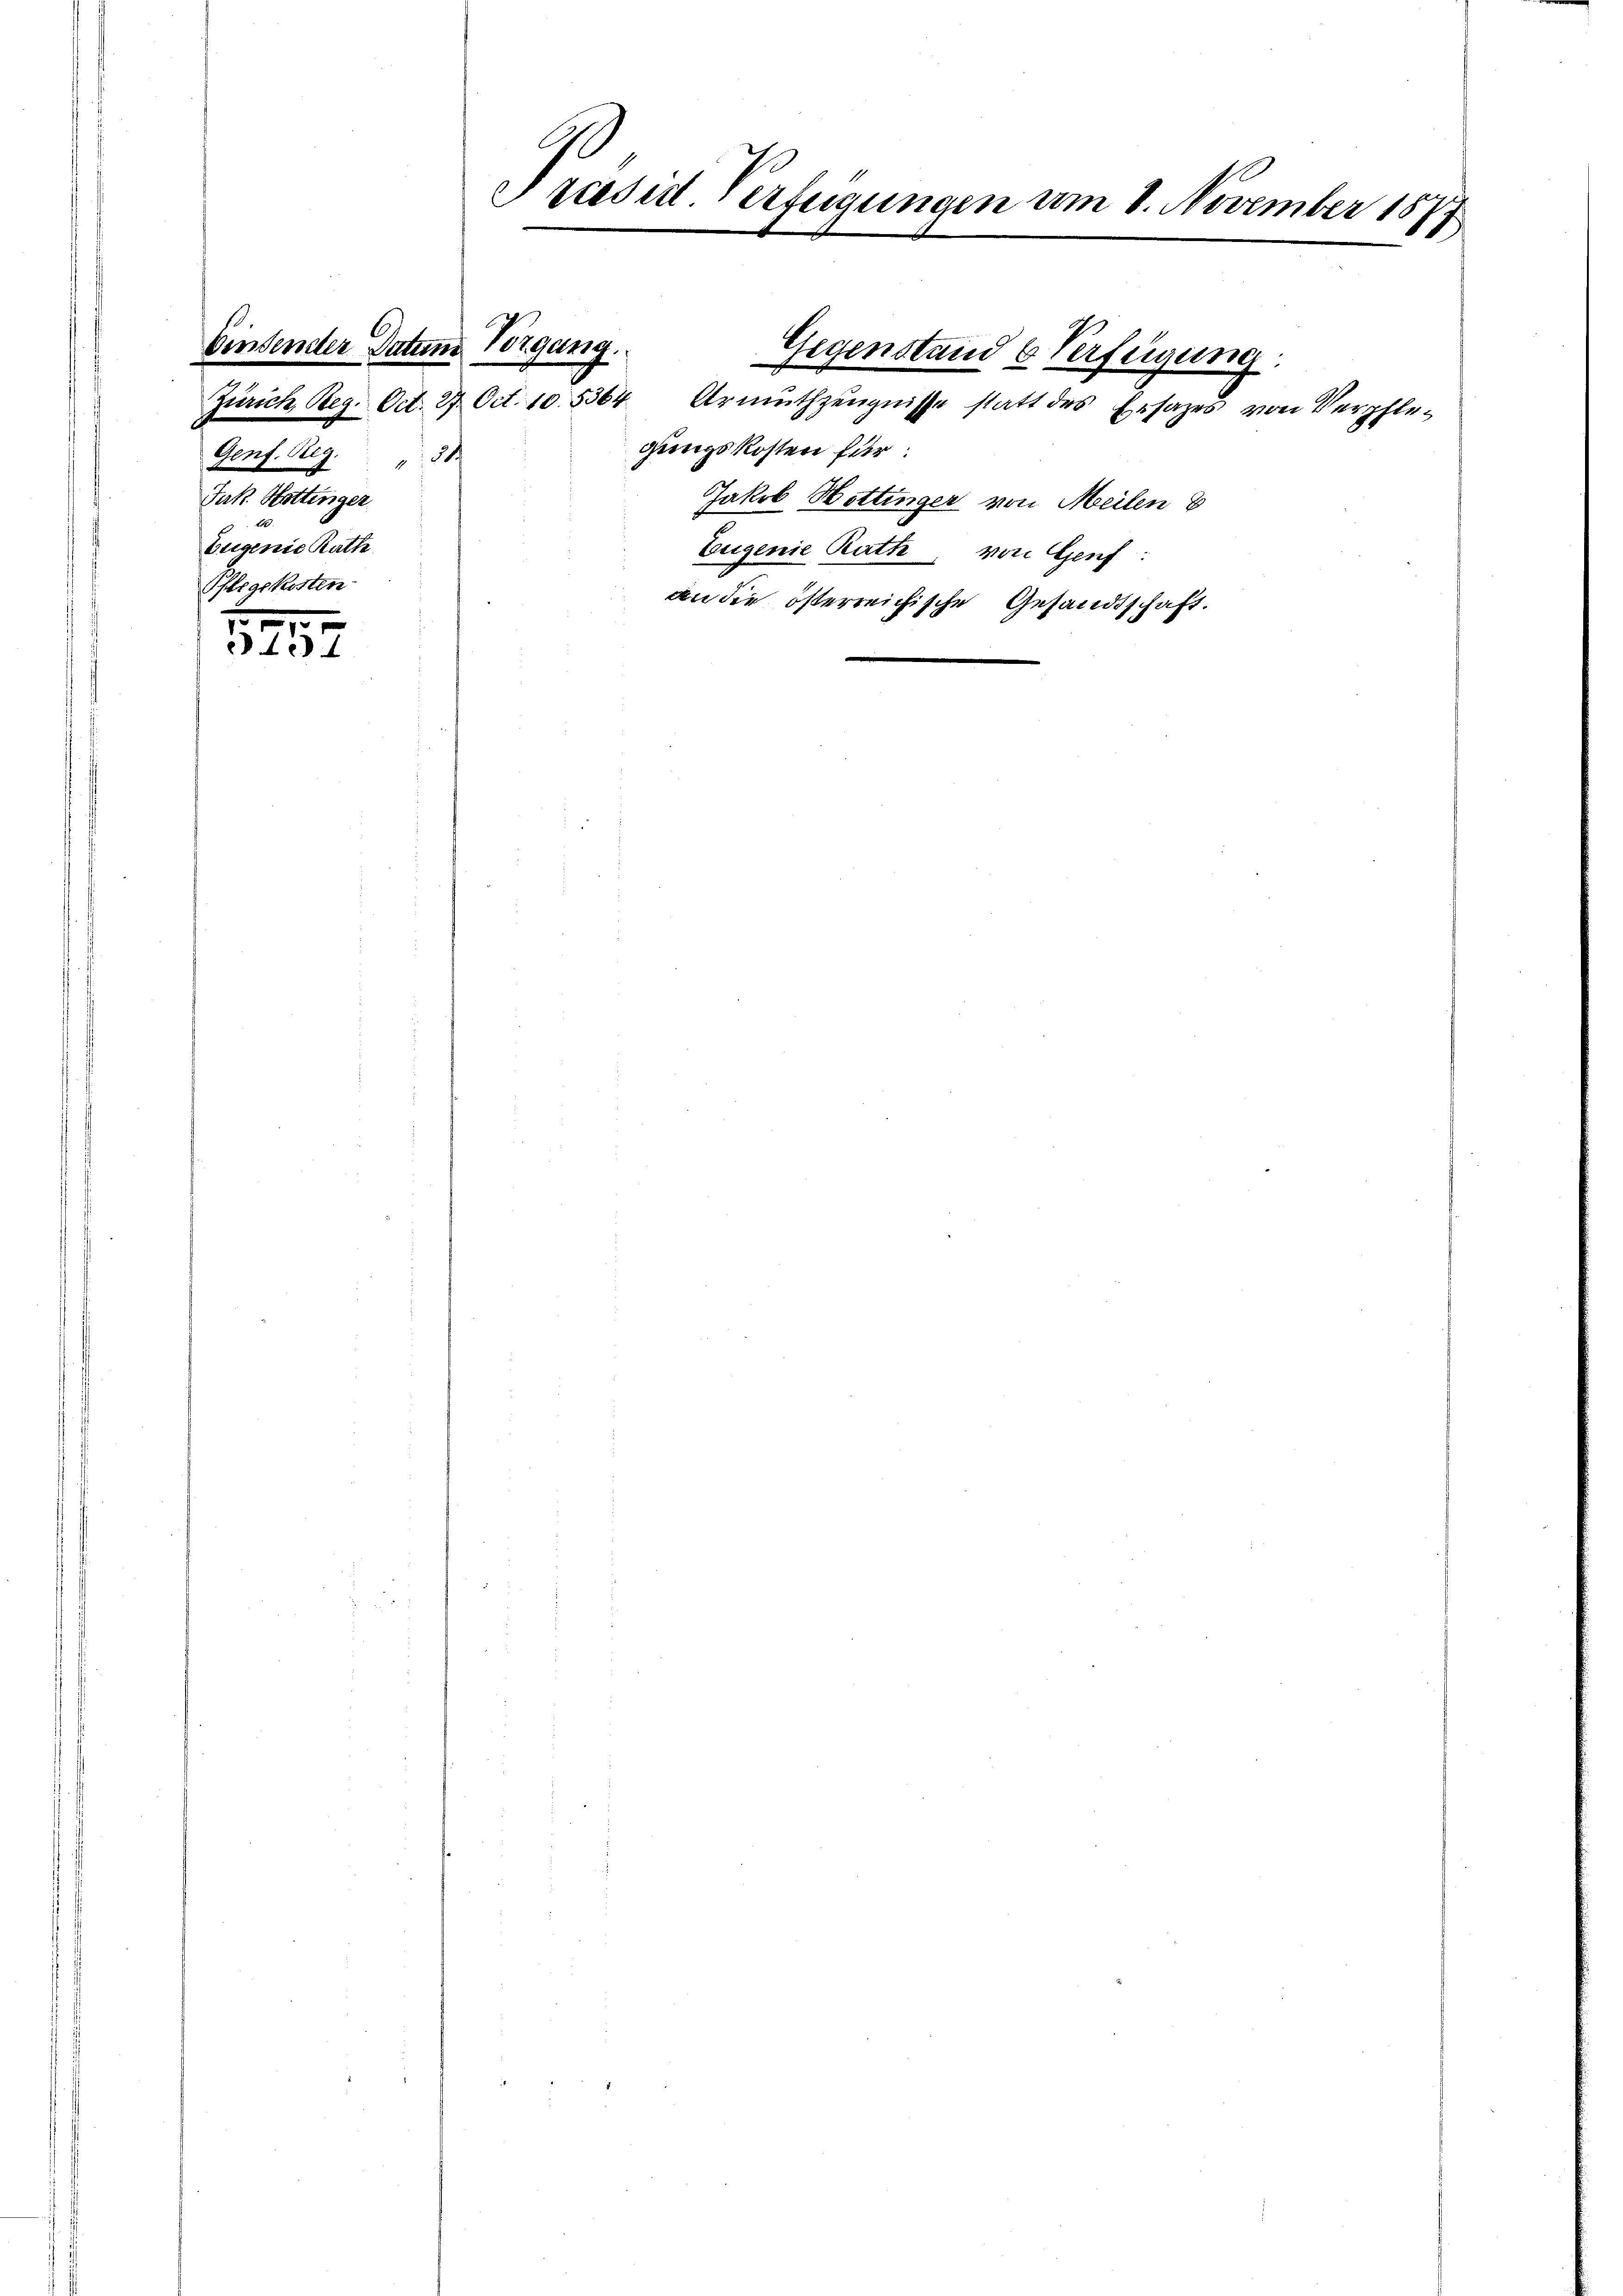
Genf. Reg. " 30
Jak. Hottinger
Zeigenie Rath
Pflegekosten

5497

1
Präsid. Verfügungen am 8. November 1882
e

Einsender Datum Vorgang

Zürich, Reg. Oct. 27. Oct. 10. 5364 Urmŭthzeŭgnisse statt des Ersatzes von Verpfle-
gungskosten für
Jakob Hottinger von Meilen
Eugenie Rath, von Genf:
an die österreichische Gesandtschaft.

Gegenstand & Verfeigung